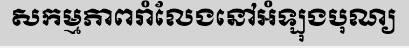
សកម្មភាពរាំលែងនៅអំឡុងបុណ្យ